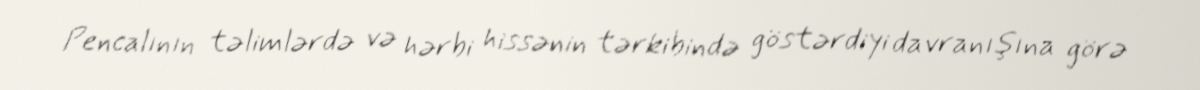
Pencalının təlimlərdə və hərbi hissənin tərkibində göstərdiyi davranışına görə